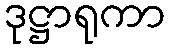
ဒုဋ္ဌာရုကာ